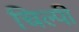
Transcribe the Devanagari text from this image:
चिल्पी